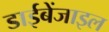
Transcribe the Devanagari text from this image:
डाईबेंजाइल